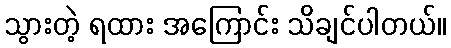
သွားတဲ့ ရထား အကြောင်း သိချင်ပါတယ်။